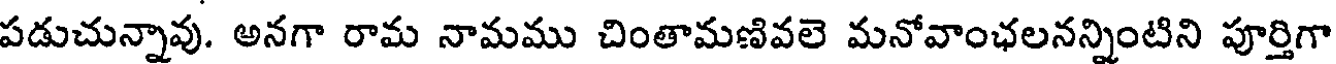
పడుచున్నావు. అనగా రామ నామము చింతామణివలె మనోవాంఛలనన్నింటిని పూర్తిగా